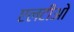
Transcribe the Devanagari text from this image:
एलटीओ